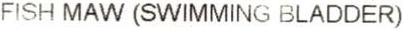
FISH MAW (SWIMMING BLADDER)